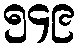
၅၄၉